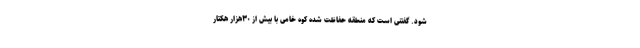
شود. گفتنی است که منطقه حفاظت شده کوه خامی با بیش از ۳۰هزار هکتار